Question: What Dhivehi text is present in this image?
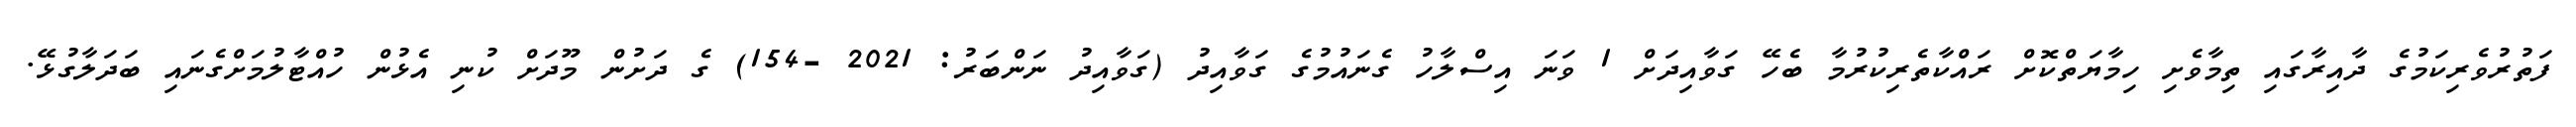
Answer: ފަތުރުވެރިކަމުގެ ދާއިރާގައި ތިމާވެށި ހިމާޔަތްކޮށް ރައްކާތެރިކުރުމާ ބެހޭ ގަވާއިދަށް 1 ވަނަ އިސްލާހު ގެނައުމުގެ ގަވާއިދު (ގަވާއިދު ނަންބަރު: 2021 -154) ގެ ދަށުން މޫދަށް ކުނި އެޅުން ހުއްޓާލުމަށްގެނައި ބަދަލާގުޅޭ.